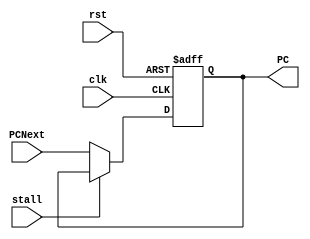
//////////////////////////////////////////
// 										//
// Name: Mo'men Alaa Aldeen Abd Alkader //
// Track: Digital IC Design				//
// Group: 3								//
//										//
//////////////////////////////////////////

module PCunit
    (
        input wire [31:0] PCNext,
        input wire clk, rst, stall,
        output reg [31:0] PC
    );
always @(posedge clk, posedge rst) 
begin
    if (rst) 
    begin
        PC <= 32'b0;
    end
    else if (!stall)
    begin
        PC <= PCNext;
    end
end
endmodule